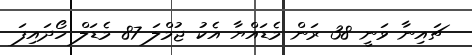
ޗައިނާ ވަނީ 38 ރަން މެޑައްޔާ އެކު ޖުމްލަ 87 މެޑަލް ހޯދައިފަ